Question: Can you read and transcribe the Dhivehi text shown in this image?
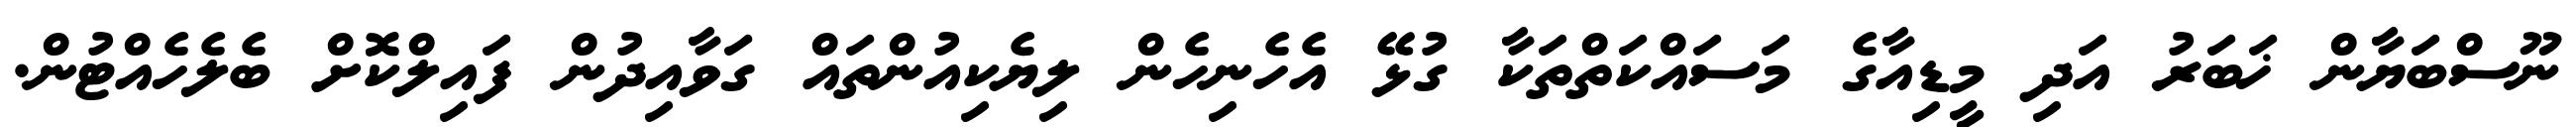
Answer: ނޫސްބަޔާން ޚަބަރު އަދި މީޑިއާގެ މަސައްކަތްތަކާ ގުޅޭ އެހެނިހެން ލިޔެކިއުންތައް ގަވާއިދުން ފައިލްކޮށް ބެލެހެއްޓުން.